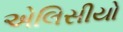
એલિસીયો